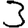
Digit: 3